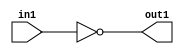
`timescale 1ps / 1ps
/*****************************************************************************
    Verilog RTL Description
    
    
    Created by: Stratus DpOpt 2019.1.01 
*******************************************************************************/

module SobelFilter_Not_1U_1U_1 (
	in1,
	out1
	); /* architecture "behavioural" */ 
input  in1;
output  out1;
wire  asc001;

assign asc001 = 
	((~in1));

assign out1 = asc001;
endmodule

/* CADENCE  urXxQgw= : u9/ySgnWtBlWxVPRXgAZ4Og= ** DO NOT EDIT THIS LINE ******/